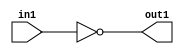
`timescale 1ps / 1ps
/*****************************************************************************
    Verilog RTL Description
    
    
    Created by: Stratus DpOpt 2019.1.01 
*******************************************************************************/

module SobelFilter_Not_1U_1U_1 (
	in1,
	out1
	); /* architecture "behavioural" */ 
input  in1;
output  out1;
wire  asc001;

assign asc001 = 
	((~in1));

assign out1 = asc001;
endmodule

/* CADENCE  urXxQgw= : u9/ySgnWtBlWxVPRXgAZ4Og= ** DO NOT EDIT THIS LINE ******/